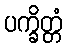
ပက္ခိတ္တံ